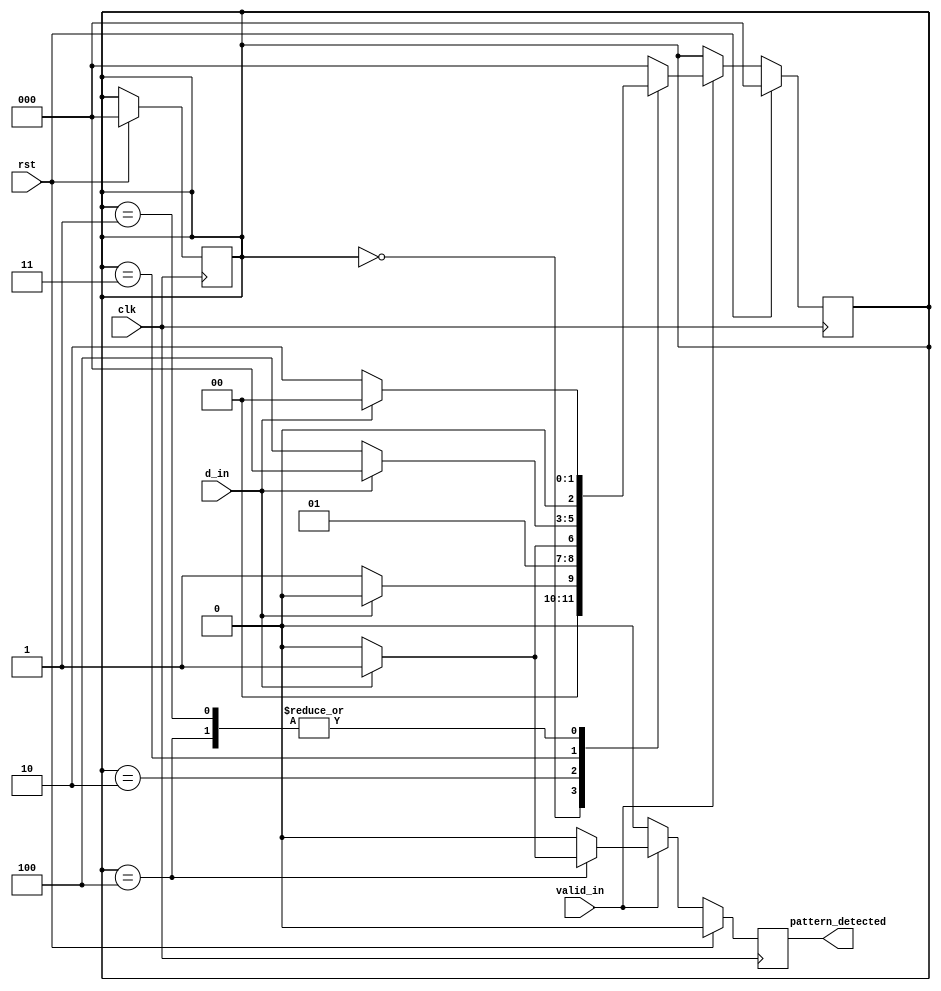
//to detect the patter of Bike Bike Car Bike Car (BBCBC - 00101)
//mealy design

module pattern_det(clk,
                   rst,
                   d_in,
                   valid_in,
                   pattern_detected);
    
    parameter S_RST      = 3'b000;
    parameter S_B        = 3'b001;
    parameter S_BB       = 3'b010;
    parameter S_BBC      = 3'b011;
    parameter S_BBCB     = 3'b100;
    // parameter S_BBCBC = 3'b101;
    parameter B          = 1'b0;
    parameter C          = 1'b1;
    
    
    input clk, rst, d_in, valid_in;
    output reg pattern_detected;
    
    
    //3FFfor each state
    reg [2:0] state, next_state;
    
    always @(posedge clk) begin
        if (rst == 1) begin
            //all reg variable make them 0  or reset value
            pattern_detected = 0;
            state            = S_RST;
            next_state       = S_RST;
        end
        
        else begin
        pattern_detected = 0;
        if (valid_in == 1) begin
            case(state)
                S_RST: begin
                    if (d_in == B) next_state        = S_B;
                    else next_state = S_RST;
                end
                
                S_B: begin
                    if (d_in == B) next_state        = S_BB;
                    else next_state = S_RST;
                end
                
                S_BB: begin
                    if (d_in == B) next_state        = S_BB;
                    else next_state = S_BBC;
                end
                
                S_BBC: begin
                    if (d_in == B) next_state        = S_BBCB;
                    else next_state = S_RST;
                end
                
                S_BBCB: begin
                    if (d_in == B) begin
                        next_state = S_BB;
                    end
                    else begin next_state = S_RST;
                    pattern_detected      = 1'b1;
                end
            end
            
            default: begin
                $display("Error");
                next_state = S_RST;
            end
            
            endcase
            
        end
        
    end
    end
    
    always @(next_state) begin
        state = next_state;
    end
    
endmodule